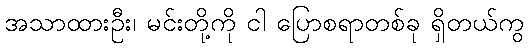
အသာထားဦး၊ မင်းတို့ကို ငါ ပြောစရာတစ်ခု ရှိတယ်ကွ